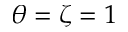
\theta = \zeta = 1